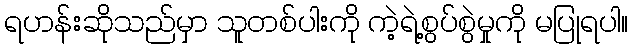
ရဟန်းဆိုသည်မှာ သူတစ်ပါးကို ကဲ့ရဲ့စွပ်စွဲမှုကို မပြုရပါ။